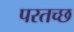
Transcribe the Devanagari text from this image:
परतच्‍छ